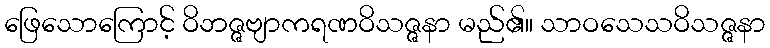
ဖြေသောကြောင့် ဝိဘဇ္ဇဗျာကရဏဝိသဇ္ဇနာ မည်၏။ သာဝသေသဝိသဇ္ဇနာ